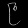
Digit: ၉